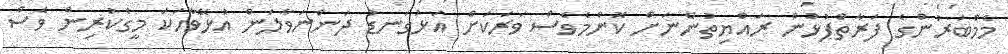
މެމްބަރުންގެ ފަރާތްޕުޅުން ރައްޔިތުންނަށް ކޮންމެވެސް ވަރަކަށް އަޅުގަނޑު ދަންނަވާލަން އުޅޭވާހަކަ މީގެކުރިން ވެސް